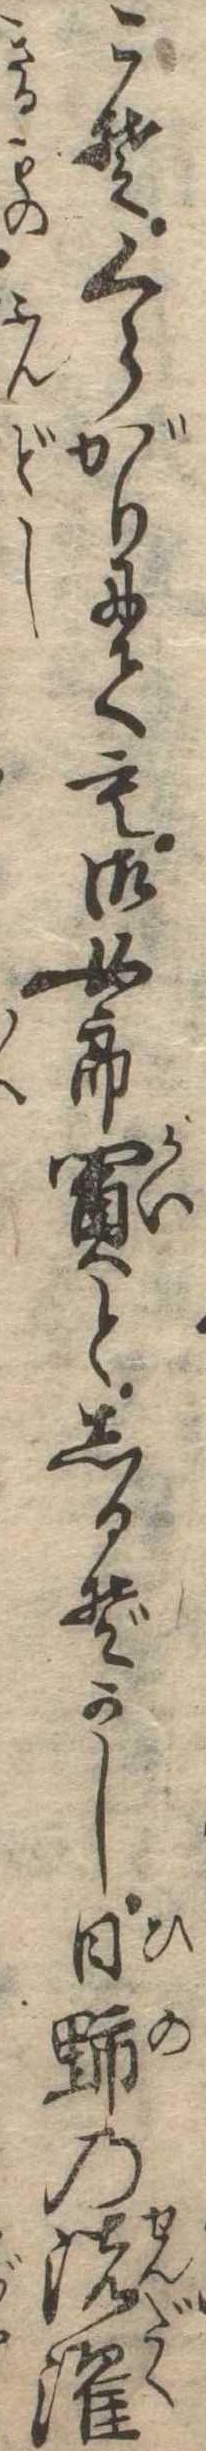
こそくらがりにても御女郎買としるぞかし日野の洗濯